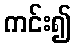
ကင်း၍